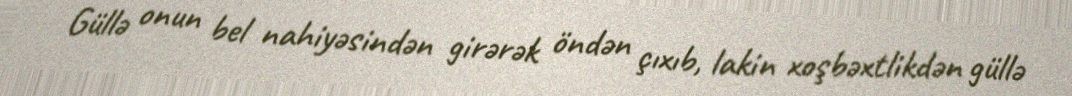
Güllə onun bel nahiyəsindən girərək öndən çıxıb, lakin xoşbəxtlikdən güllə